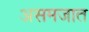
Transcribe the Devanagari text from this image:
असमजात